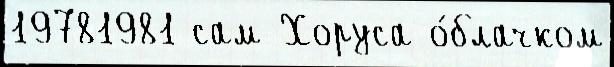
19781981 сам Хоруса о́блачком